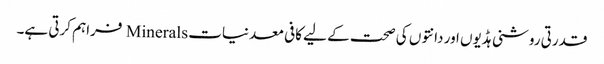
قدرتی روشنی ہڈیوں اور دانتوں کی صحت کے لیے کافی معدنیات Minerals فراہم کرتی ہے۔